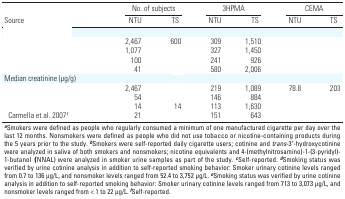
<table><thead><tr><td rowspan="2"><b>Source</b></td><td colspan="2"><b>No. of subjects</b></td><td colspan="2"><b>3HPMA</b></td><td colspan="2"><b>CEMA</b></td></tr><tr><td><b>NTU</b></td><td><b>TS</b></td><td><b>NTU</b></td><td><b>TS</b></td><td><b>NTU</b></td><td><b>TS</b></td></tr></thead><tbody><tr><td>[EMPTY_CELL]</td></tr><tr><td>[EMPTY_CELL]</td><td>2,467</td><td>600</td><td>309</td><td>1,510</td><td>[EMPTY_CELL]</td><td>[EMPTY_CELL]</td></tr><tr><td>[EMPTY_CELL]</td><td>1,077</td><td>[EMPTY_CELL]</td><td>327</td><td>1,450</td></tr><tr><td>[EMPTY_CELL]</td><td>100</td><td>[EMPTY_CELL]</td><td>241</td><td>926</td></tr><tr><td>[EMPTY_CELL]</td><td>41</td><td>[EMPTY_CELL]</td><td>580</td><td>2,006</td></tr><tr><td><b>Median creatinine (μg/g)</b></td></tr><tr><td>[EMPTY_CELL]</td><td>2,467</td><td>[EMPTY_CELL]</td><td>219</td><td>1,089</td><td>78.8</td><td>203</td></tr><tr><td>[EMPTY_CELL]</td><td>54</td><td>[EMPTY_CELL]</td><td>146</td><td>884</td></tr><tr><td>[EMPTY_CELL]</td><td>14</td><td>14</td><td>113</td><td>1,630</td></tr><tr><td><b>Carmella et al. 2007<sup><i>f</i></sup></b></td><td>21</td><td>[EMPTY_CELL]</td><td>151</td><td>643</td></tr><tr><td colspan="7"><sup><i><b>a</b></i></sup>Smokers were defined as people who regularly consumed a minimum of one manufactured cigarette per day over the last 12 months. Nonsmokers were defined as people who did not use tobacco or nicotine-containing products during the 5 years prior to the study. <sup><i><b>b</b></i></sup>Smokers were self-reported daily cigarette users; cotinine and <i>trans</i>-3′-hydroxycotinine were analyzed in saliva of both smokers and nonsmokers; nicotine equivalents and 4-(methylnitrosamino)-1-(3-pyridyl)-1-butanol (NNAL) were analyzed in smoker urine samples as part of the study. <sup><i><b>c</b></i></sup>Self-reported. <sup><i><b>d</b></i></sup>Smoking status was verified by urine cotinine analysis in addition to self-reported smoking behavior: Smoker urinary cotinine levels ranged from 0.7 to 136 μg/L, and nonsmoker levels ranged from 52.4 to 3,752 μg/L. <sup><i><b>e</b></i></sup>Smoking status was verified by urine cotinine analysis in addition to self-reported smoking behavior: Smoker urinary cotinine levels ranged from 713 to 3,073 μg/L, and nonsmoker levels ranged from &lt; 1 to 22 μg/L. <sup><i><b>f</b></i></sup>Self-reported.</td></tr></tbody></table>